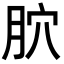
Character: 𦙮